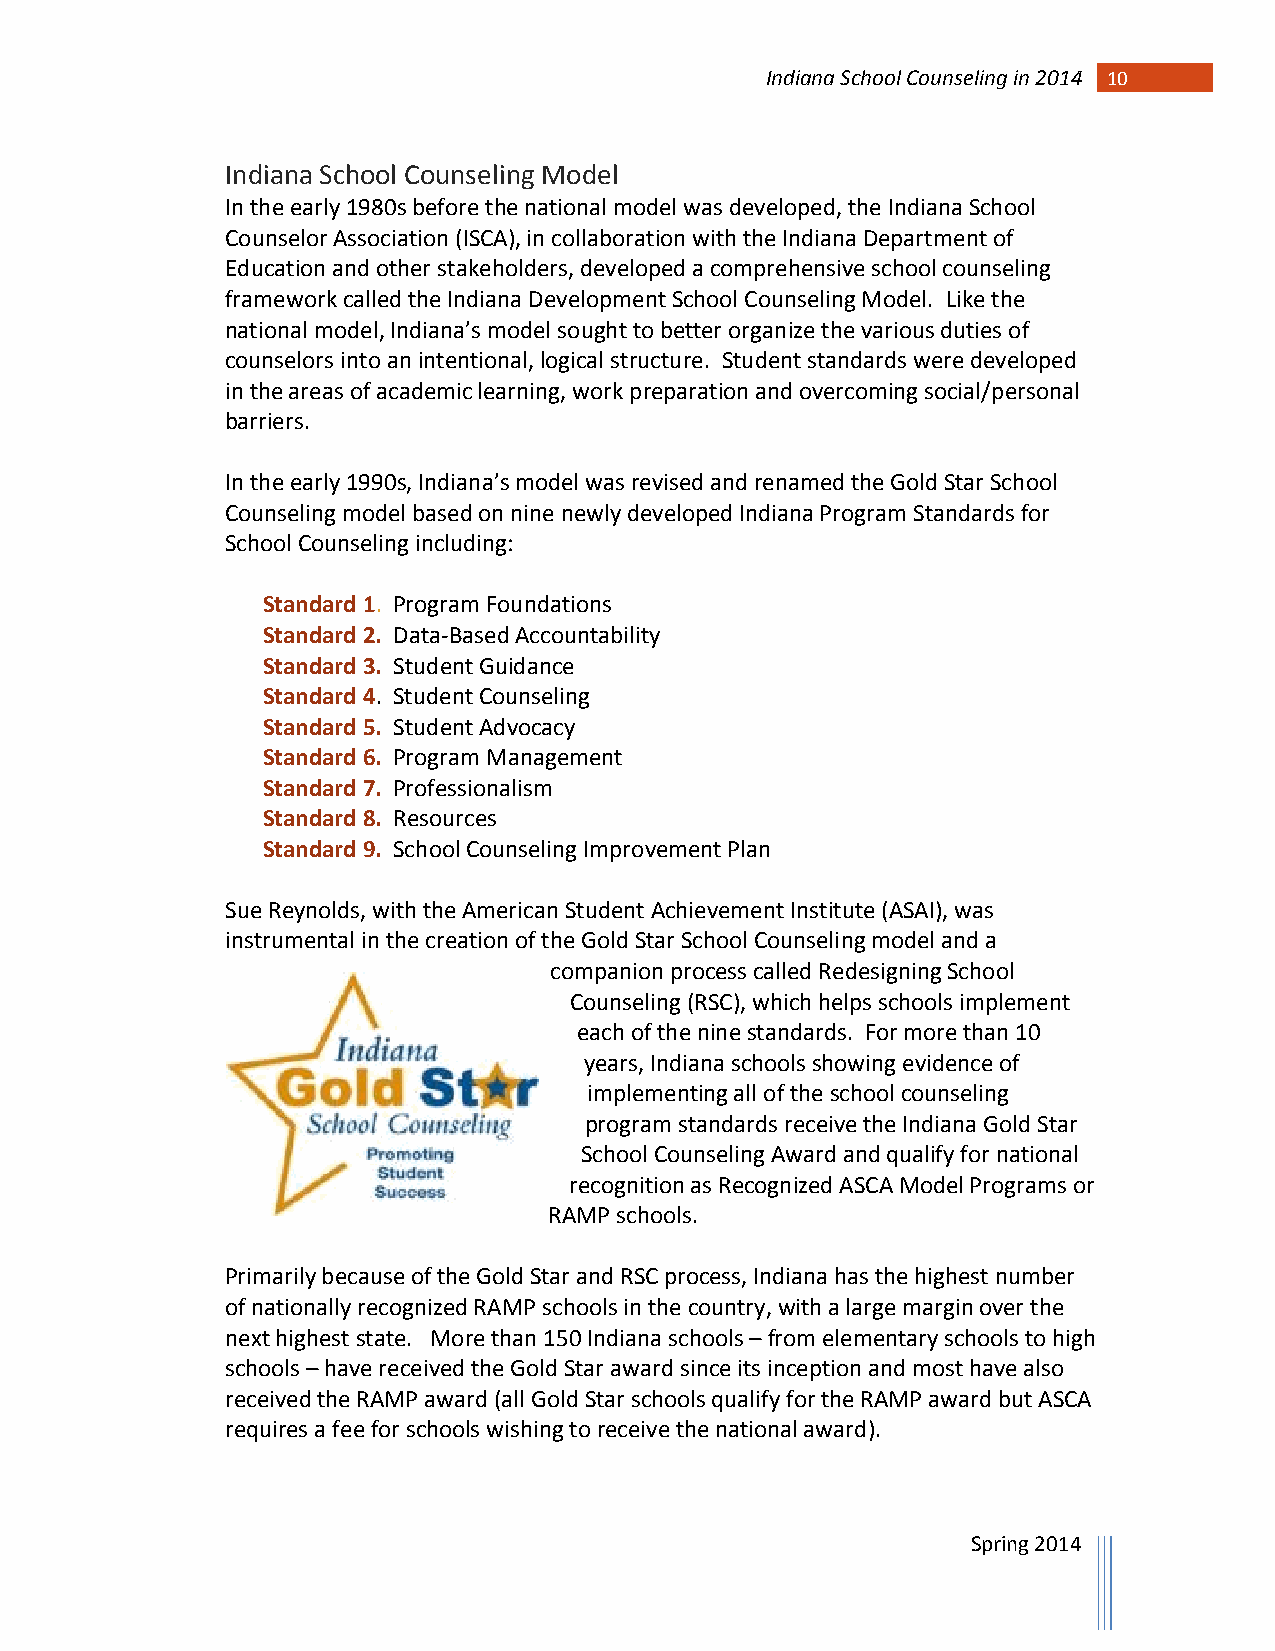
Indiana School Counseling in 2014 1 0
 Indiana School Counseling Model
 In the early 1980s before the national model was developed, the Indiana School
 Counselor Association (ISCA), in collaboration with the Indiana Department of
 Education and other stakeholders, developed a comprehensive school counseling
 framework called the Indiana Development School Counseling Model. Like the
 national model, Indiana’s model sought to better organize the various duties of
 counselors into an intentional, logical structure. Student standards were developed
 in the areas of academic learning, work preparation and overcoming social/personal
 barriers.
 In the early 1990s, Indiana’s model was revised and renamed the Gold Star School
 Counseling model based on nine newly developed Indiana Program Standards for
 School Counseling including:
 Standard 1. Program Foundations
 Standard 2. Data-Based Accountability
 Standard 3. Student Guidance
 Standard 4. Student Counseling
 Standard 5. Student Advocacy
 Standard 6. Program Management
 Standard 7. Professionalism
 Standard 8. Resources
 Standard 9. School Counseling Improvement Plan
 Sue Reynolds, with the American Student Achievement Institute (ASAI), was
 instrumental in the creation of the Gold Star School Counseling model and a
 companion process called Redesigning School
 Counseling (RSC), which helps schools implement
 each of the nine standards. For more than 10
 years, Indiana schools showing evidence of
 implementing all of the school counseling
 program standards receive the Indiana Gold Star
 School Counseling Award and qualify for national
 recognition as Recognized ASCA Model Programs or
 RAMP schools.
 Primarily because of the Gold Star and RSC process, Indiana has the highest number
 of nationally recognized RAMP schools in the country, with a large margin over the
 next highest state. More than 150 Indiana schools – from elementary schools to high
 schools – have received the Gold Star award since its inception and most have also
 received the RAMP award (all Gold Star schools qualify for the RAMP award but ASCA
 requires a fee for schools wishing to receive the national award).
 Spring 2014